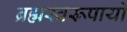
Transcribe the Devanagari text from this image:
ब्रह्मस्वरूपायो